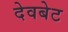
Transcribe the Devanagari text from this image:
देवबेट